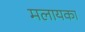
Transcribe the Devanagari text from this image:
मलायका